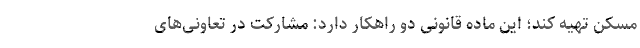
مسکن تهیه کند؛ این ماده قانونی دو راهکار دارد: مشارکت در تعاونی‌های